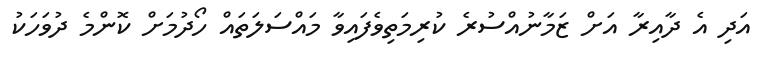
އަދި އެ ދާއިރާ އަށް ޒަމާނުއްސުރެ ކުރިމަތިވެފައިވާ މައްސަލަތައް ހޯދުމަށް ކޮންމެ ދުވަހަކު